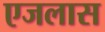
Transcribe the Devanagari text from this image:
एजलास